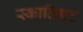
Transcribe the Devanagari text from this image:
स्कालिएट